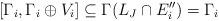
LaTeX: \begin{align*}[\Gamma_i,\Gamma_i\oplus V_i]\subseteq \Gamma(L_J\cap E_i'')=\Gamma_i\end{align*}